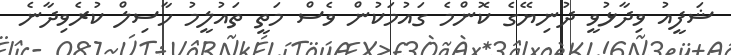
ޝަފީއު ވިދާޅުވީ ދުނިޔޭގެ ކޮންމެ ގައުމަކުން ވެސް މަތީ ތައުލީމު ހާސިލް ކުރެވިދާނެ